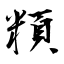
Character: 頪